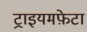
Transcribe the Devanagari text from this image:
ट्राइयमफ़ेटा